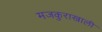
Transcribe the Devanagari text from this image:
मजकुराखाली